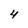
Character: 4